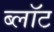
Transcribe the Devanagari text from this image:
ब्‍लॉट